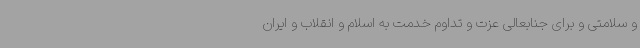
و سلامتی و برای جنابعالی عزت و تداوم خدمت به اسلام و انقلاب و ایران